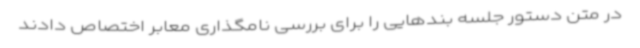
در متن دستور جلسه بندهایی را برای بررسی نامگذاری معابر اختصاص دادند